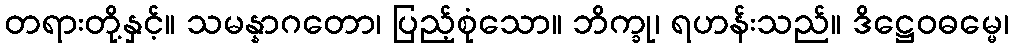
တရားတို့နှင့်။ သမန္နာဂတော၊ ပြည့်စုံသော။ ဘိက္ခု၊ ရဟန်းသည်။ ဒိဋ္ဌေဝဓမ္မေ၊